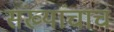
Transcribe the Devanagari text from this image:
संख्यांचाच